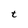
Character: t